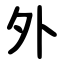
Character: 外